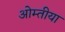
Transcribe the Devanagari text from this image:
ओम्तीया